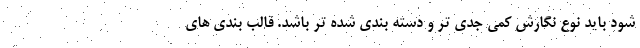
شود باید نوع نگارش کمی جدی تر و دسته بندی شده تر باشد. قالب بندی های